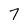
Character: 7